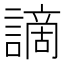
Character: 謫